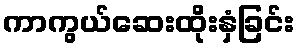
ကာကွယ်ဆေးထိုးနှံခြင်း